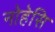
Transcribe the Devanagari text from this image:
नोहेसि